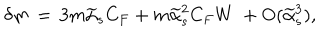
LaTeX: \delta m \, = \, 3 m \widetilde \alpha _ { s } C _ { F } + m \widetilde \alpha _ { s } ^ { 2 } C _ { F } W \ + \mathrm { O } ( \widetilde \alpha _ { s } ^ { 3 } ) ,